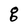
Character: g